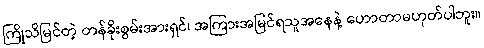
ကြိုသိမြင်တဲ့ တန်ခိုးစွမ်းအားရှင်၊ အကြားအမြင်ရသူအနေနဲ့ ဟောတာမဟုတ်ပါဘူး။